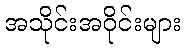
အသိုင်းအဝိုင်းများ